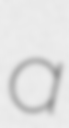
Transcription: a